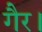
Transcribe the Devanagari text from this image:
गैर।